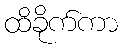
ထိခိုက်ကာ